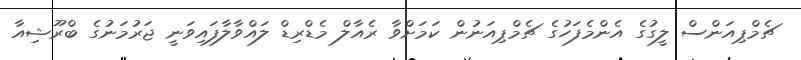
ޗެމްޕިއަންސް ލީގުގެ އެންމެފަހުގެ ޗެމްޕިއަނުން ކަމަށްވާ ރެއާލް މެޑްރިޑް ލައްވާލާފައިވަނީ ޖަރުމަނުގެ ބްރޫޝިއާ